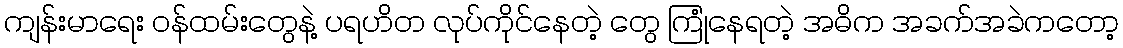
ကျန်းမာရေး ဝန်ထမ်းတွေနဲ့ ပရဟိတ လုပ်ကိုင်နေတဲ့ တွေ ကြုံနေရတဲ့ အဓိက အခက်အခဲကတော့